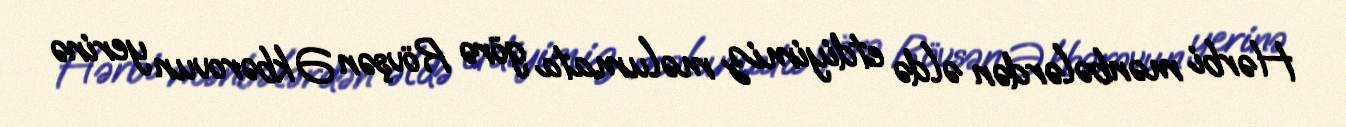
Hərbi mənbələrdən əldə etdiyimiz məlumata görə Rövşən Əkbərovun yerinə